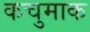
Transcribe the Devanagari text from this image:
कचुमाक